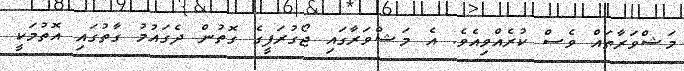
މަޝްވަރާތައް ވެސް ކުރެއްވިއެވެ. އެ މަޝްވަރާގައި ޖޯގުރަފީގެ ގޮތުން ދެގައުމު ގާތުގައި އޮތުމަކީ